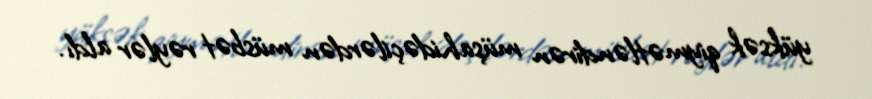
yüksək qiymətləndirən müşahidəçilərdən müsbət rəylər aldı.